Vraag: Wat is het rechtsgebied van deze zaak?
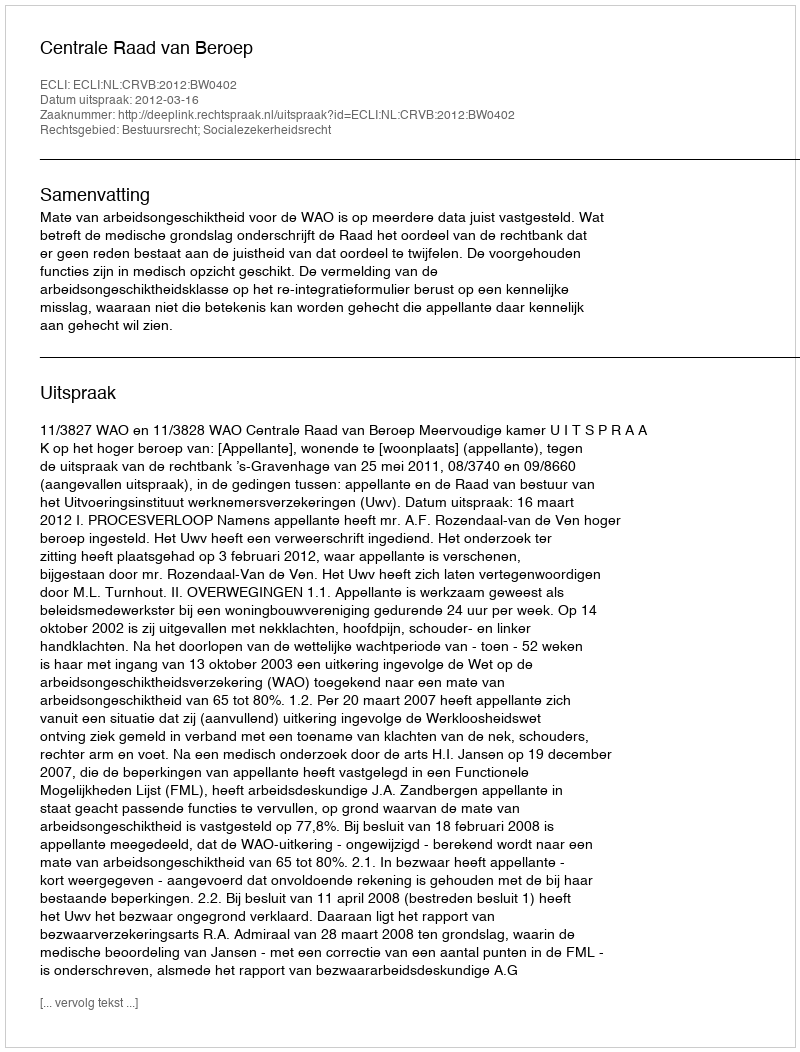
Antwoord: Bestuursrecht; Socialezekerheidsrecht